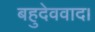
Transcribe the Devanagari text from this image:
बहुदेववाद।